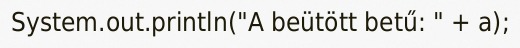
System.out.println("A beütött betű: " + a);